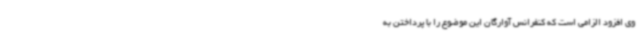
وی افزود الزامی است که کنفرانس آوارگان این موضوع را با پرداختن به